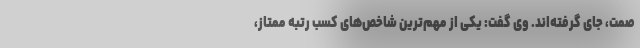
صمت، جای گرفته‌اند. وی گفت: یکی از مهم‌ترین شاخص‌های کسب رتبه ممتاز،